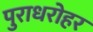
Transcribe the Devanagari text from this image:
पुराधरोहर